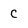
Character: C